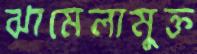
ঝামেলামুক্ত